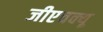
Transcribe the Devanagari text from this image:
जीएचक्यू